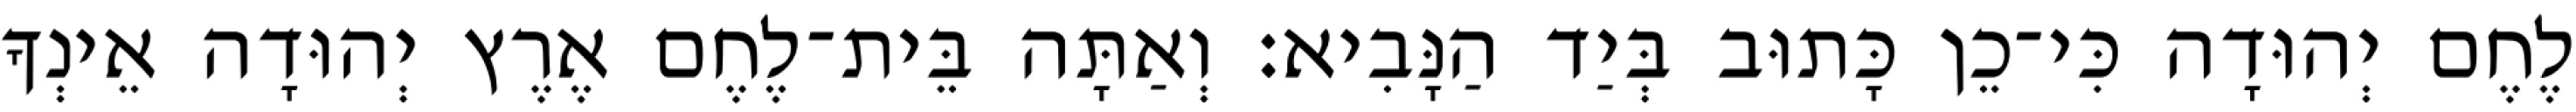
לֶחֶם יְהוּדָה כִּי־כֵן כָּתוּב בְּיַד הַנָּבִיא׃ וְאַתָּה בֵּית־לֶחֶם אֶרֶץ יְהוּדָה אֵינְךָ